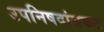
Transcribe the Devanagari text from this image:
उपनिषदांसकट